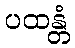
ပထန္တံ